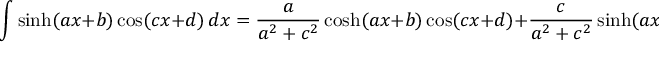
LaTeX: \int \sinh ( a x + b ) \cos ( c x + d ) \, d x = { \frac { a } { a ^ { 2 } + c ^ { 2 } } } \cosh ( a x + b ) \cos ( c x + d ) + { \frac { c } { a ^ { 2 } + c ^ { 2 } } } \sinh ( a x + b ) \sin ( c x + d ) + C